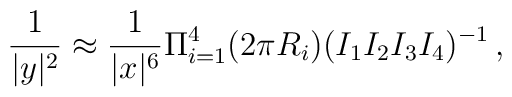
\frac{1}{|y|^2}\approx \frac{1}{|x|^6}\Pi_{i=1}^4 (2\pi R_i)(I_1 I_2 I_3 I_4)^{-1}\, ,